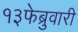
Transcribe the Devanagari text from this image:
१३फेब्रुवारी